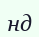
нд